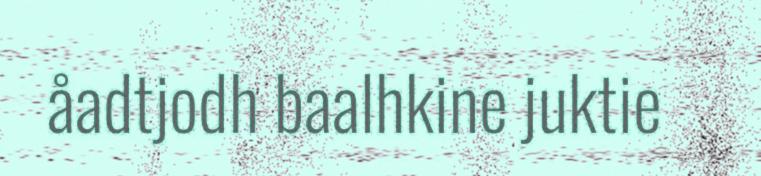
åadtjodh baalhkine juktie